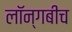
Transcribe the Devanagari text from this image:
लॉन्गबीच